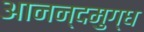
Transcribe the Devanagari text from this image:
आनन्दमुग्ध